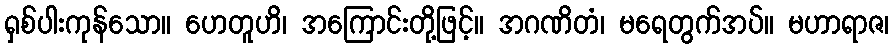
ရှစ်ပါးကုန်သော။ ဟေတူဟိ၊ အကြောင်းတို့ဖြင့်။ အဂဏိတံ၊ မရေတွက်အပ်။ မဟာရာဇ၊